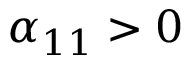
\alpha _ { 1 1 } > 0